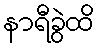
နာရီခွဲထိ